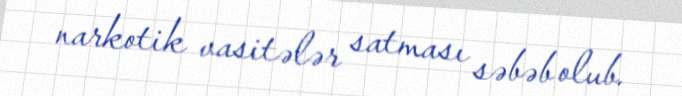
narkotik vasitələr satması səbəb olub.